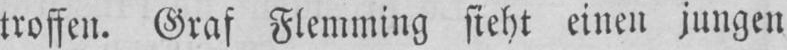
troffen. Graf Flemming sieht einen jungen